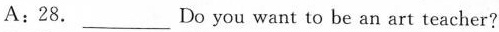
A:28.___Do you want to be an art teacher?